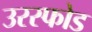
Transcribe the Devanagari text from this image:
उरस्फोड